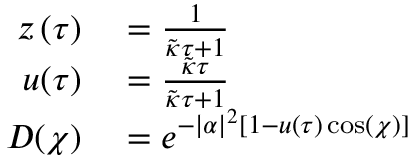
\begin{array} { r l } { z \left( \tau \right) } & { { } = \frac { 1 } { \tilde { \kappa } \tau + 1 } } \\ { u ( \tau ) } & { { } = \frac { \tilde { \kappa } \tau } { \tilde { \kappa } \tau + 1 } } \\ { D ( \chi ) } & { { } = e ^ { - | \alpha | ^ { 2 } [ 1 - u ( \tau ) \cos ( \chi ) ] } } \end{array}